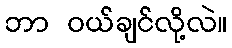
ဘာ ဝယ်ချင်လို့လဲ။